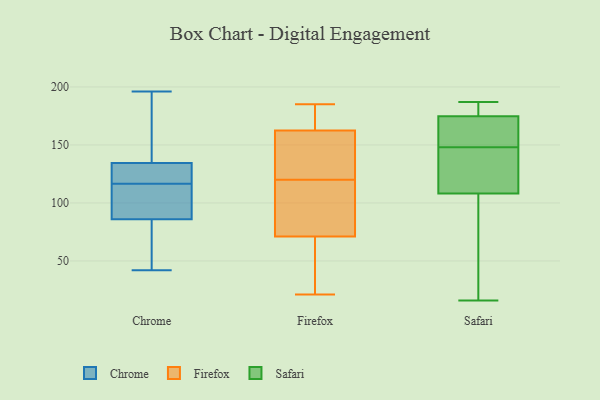
{"axis": {"x": "Demand Index", "y": "Value"}, "legend": ["Chrome", "Firefox", "Safari"], "data": [{"x": "", "y": 133, "type": "Chrome"}, {"x": "", "y": 105, "type": "Chrome"}, {"x": "", "y": 135, "type": "Chrome"}, {"x": "", "y": 82, "type": "Chrome"}, {"x": "", "y": 69, "type": "Chrome"}, {"x": "", "y": 141, "type": "Chrome"}, {"x": "", "y": 42, "type": "Chrome"}, {"x": "", "y": 196, "type": "Chrome"}, {"x": "", "y": 90, "type": "Chrome"}, {"x": "", "y": 112, "type": "Chrome"}, {"x": "", "y": 134, "type": "Chrome"}, {"x": "", "y": 121, "type": "Chrome"}, {"x": "", "y": 119, "type": "Firefox"}, {"x": "", "y": 29, "type": "Firefox"}, {"x": "", "y": 121, "type": "Firefox"}, {"x": "", "y": 39, "type": "Firefox"}, {"x": "", "y": 175, "type": "Firefox"}, {"x": "", "y": 185, "type": "Firefox"}, {"x": "", "y": 78, "type": "Firefox"}, {"x": "", "y": 184, "type": "Firefox"}, {"x": "", "y": 64, "type": "Firefox"}, {"x": "", "y": 21, "type": "Firefox"}, {"x": "", "y": 165, "type": "Firefox"}, {"x": "", "y": 99, "type": "Firefox"}, {"x": "", "y": 155, "type": "Firefox"}, {"x": "", "y": 146, "type": "Firefox"}, {"x": "", "y": 44, "type": "Firefox"}, {"x": "", "y": 160, "type": "Firefox"}, {"x": "", "y": 169, "type": "Firefox"}, {"x": "", "y": 108, "type": "Firefox"}, {"x": "", "y": 130, "type": "Firefox"}, {"x": "", "y": 81, "type": "Firefox"}, {"x": "", "y": 101, "type": "Safari"}, {"x": "", "y": 167, "type": "Safari"}, {"x": "", "y": 185, "type": "Safari"}, {"x": "", "y": 57, "type": "Safari"}, {"x": "", "y": 130, "type": "Safari"}, {"x": "", "y": 132, "type": "Safari"}, {"x": "", "y": 148, "type": "Safari"}, {"x": "", "y": 89, "type": "Safari"}, {"x": "", "y": 143, "type": "Safari"}, {"x": "", "y": 16, "type": "Safari"}, {"x": "", "y": 184, "type": "Safari"}, {"x": "", "y": 164, "type": "Safari"}, {"x": "", "y": 175, "type": "Safari"}, {"x": "", "y": 174, "type": "Safari"}, {"x": "", "y": 187, "type": "Safari"}]}